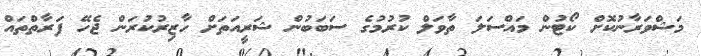
މަޝްވަރާނުކޮށް ކޯޓުން މައްސަލަ ތާވަލް ކުރުމުގެ ސަބަބުން ޝަރީއަތަށް ހާޒިރުކުރަން ޖެހޭ ފަރާތްތައް